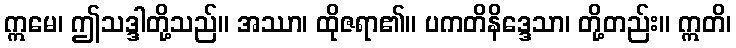
ဣမေ၊ ဤသဒ္ဒါတို့သည်။ အဿာ၊ ထိုဇရာ၏။ ပကတိနိဒ္ဒေသာ၊ တို့တည်း။ ဣတိ၊